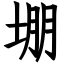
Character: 堋